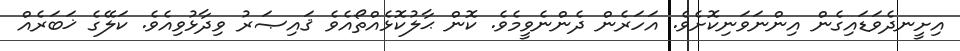
އިށީނދެވަޑައިގެން އިންނަވަނިކޮށެވެ. އަހަރެން ދެންނެވީމެވެ. ކޮން ޙާލުކޮޅެއްތޯއެވެ ޤައިޞަރު ވިދާޅުވިއެވެ. ކަލޭގެ ޚަބަރެއް